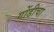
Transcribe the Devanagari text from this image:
गोंडीचा